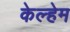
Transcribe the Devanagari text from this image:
केल्हेम